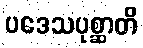
ပဒေသပုစ္ဆာတိ